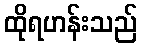
ထိုရဟန်းသည်